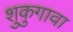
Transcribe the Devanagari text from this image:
शुकुगावा